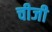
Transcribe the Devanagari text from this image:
चीजी